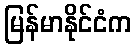
မြန်မာနိုင်ငံက